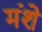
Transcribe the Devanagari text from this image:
मंशे